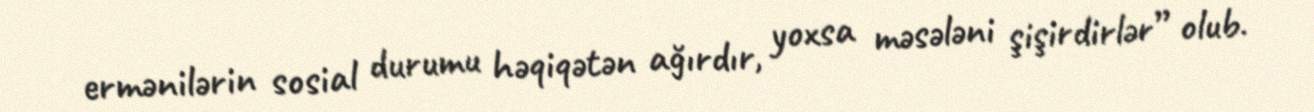
ermənilərin sosial durumu həqiqətən ağırdır, yoxsa məsələni şişirdirlər” olub.